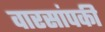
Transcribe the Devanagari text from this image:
वारसांपकी